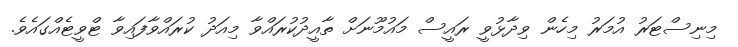
މިނިސްޓަރު އުމަރު މިހެން ވިދާޅުވީ ރައީސް މައުމޫނަށް ތާއީދުކުރައްވާ މިއަދު ކުރައްވާފައިވާ ޓްވީޓެއްގައެވެ.